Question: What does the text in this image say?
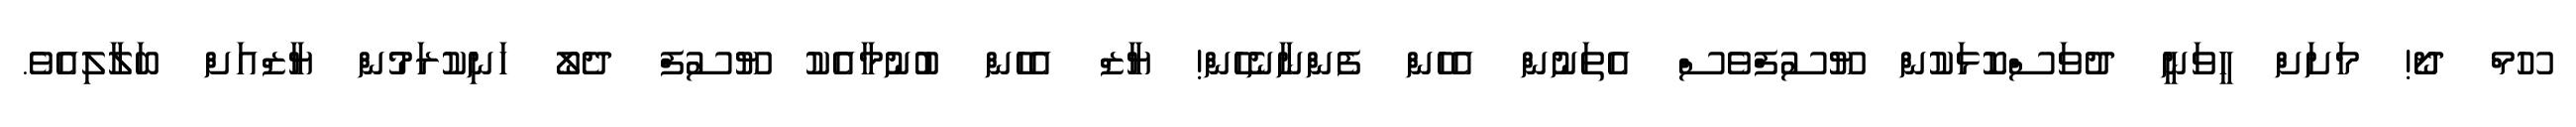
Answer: ހޫމް ދޯ! މަށަށް ހީވަނީ ދުވަސްކޮޅަކުން ޔޫސުފްވެސް އެތަނުން އެހެން ފެންނާނެހެން! ޔާޒް އެހެން ބުނުމާއެކު ޔޫސުފް ދެލޯ ހަނިކުރަމުން ޔާޒްއަށް ބަލާލިއެވެ.